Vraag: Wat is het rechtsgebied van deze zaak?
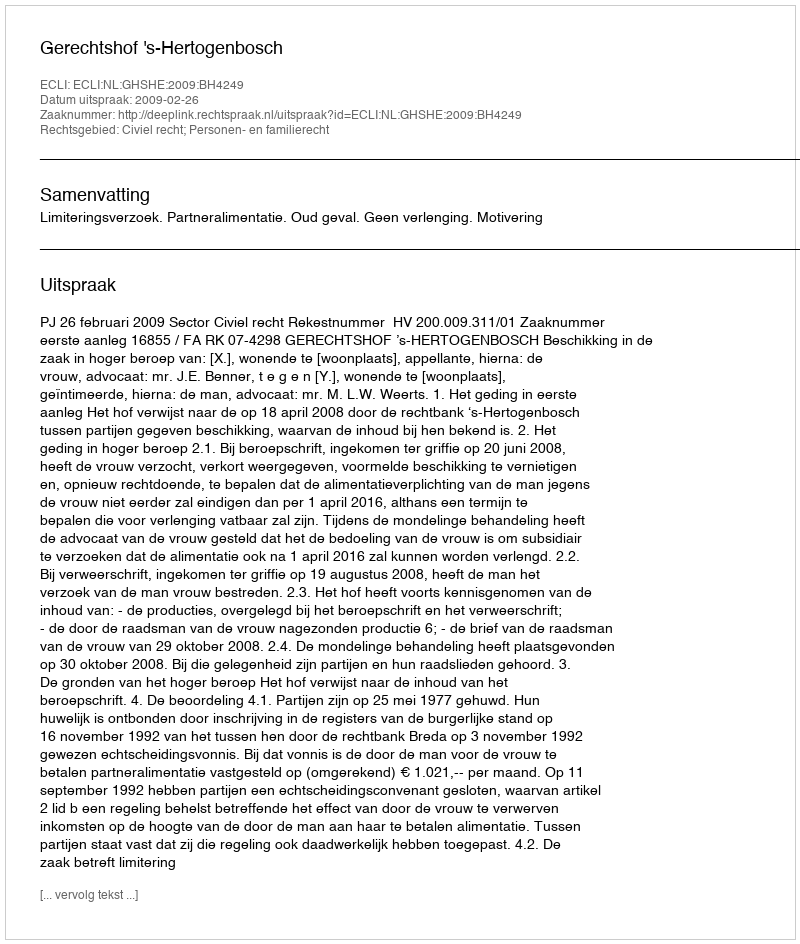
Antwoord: Civiel recht; Personen- en familierecht